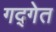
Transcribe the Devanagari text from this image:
गद्गेत